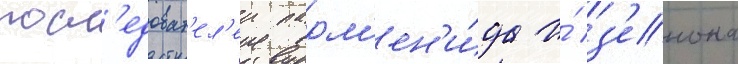
посл'едоват'ел'еи парм'ен'и́да и́ з'енона